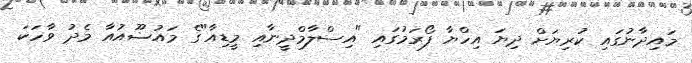
މައިދާނުގައި ކުރިޔަށް ދިޔަ އިހްޔާ ފޯރަމުގައި "އިސްލާމްދީނާއި މީޑިއާ"ގެ މައުޟޫއުއާ މެދު ވާހަކަ